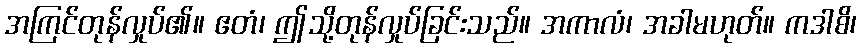
အကြင်တုန်လှုပ်၏။ ဧတံ၊ ဤသို့တုန်လှုပ်ခြင်းသည်။ အကာလံ၊ အခါမဟုတ်။ ကဒါစိ၊